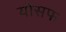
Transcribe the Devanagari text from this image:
योसफ